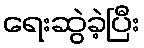
ရေးဆွဲခဲ့ပြီး